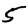
Digit: 5